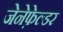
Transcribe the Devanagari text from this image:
जेनेफ़ेल्डर